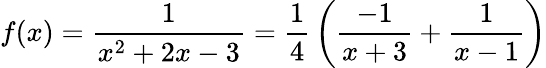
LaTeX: f(x)={\frac{1}{x^{2}+2x-3}}={\frac{1}{4}}\left({\frac{-1}{x+3}}+{\frac{1}{x-1}}\right)